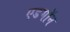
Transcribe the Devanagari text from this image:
एडगॉन